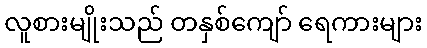
လူစားမျိုးသည် တနှစ်ကျော် ရေကားများ